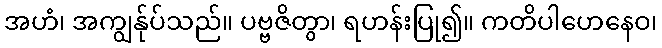
အဟံ၊ အကျွန်ုပ်သည်။ ပဗ္ဗဇိတွာ၊ ရဟန်းပြု၍။ ကတိပါဟေနေဝ၊